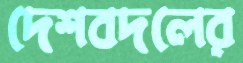
দেশবদলের